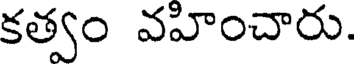
కత్వం వహించారు.